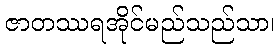
ဇာတဿရအိုင်မည်သည်သာ၊